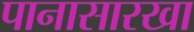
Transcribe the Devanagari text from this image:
पानासारखा